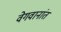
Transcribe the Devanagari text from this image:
वेगवानांत